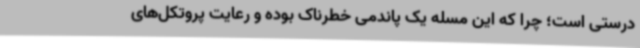
درستی است؛ چرا که این مسله یک پاندمی خطرناک بوده و رعایت پروتکل‌های